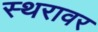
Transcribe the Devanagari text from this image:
स्थरावर